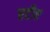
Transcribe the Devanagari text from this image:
एटीए